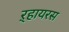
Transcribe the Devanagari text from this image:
ऱ्हायरस